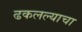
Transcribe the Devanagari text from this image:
ढकलल्याचा